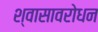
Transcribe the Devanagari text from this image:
श्वासावरोधन